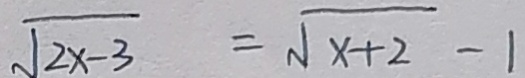
\sqrt { 2 x - 3 } = \sqrt { x + 2 } - 1